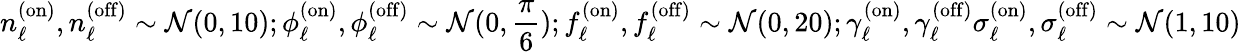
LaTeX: {n_{\ell}^{\mathrm{(on)}},n_{\ell}^{\mathrm{(off)}}\sim\mathcal{N}(0,10);\phi_{\ell}^{\mathrm{(on)}},\phi_{\ell}^{\mathrm{(off)}}\sim\mathcal{N}(0,\frac{\pi}{6})};\newline{{f_{\ell}^{\mathrm{(on)}},f_{\ell}^{\mathrm{(off)}}\sim\mathcal{N}(0,20);\gamma_{\ell}^{\mathrm{(on)}},\gamma_{\ell}^{\mathrm{(off)}}\sigma_{\ell}^{\mathrm{(on)}},\sigma_{\ell}^{\mathrm{(off)}}\sim\mathcal{N}(1,10)}}